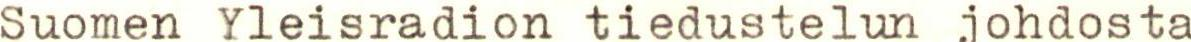
Suomen Yleisradion tiedustelun johdosta